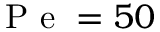
\mathrm { ~ P ~ e ~ } = 5 0